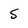
Character: 5